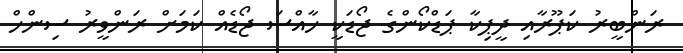
ރަންބީރު ކަޕޫރާއި ދީޕިކާ ޕަޑްކޯންގެ ޖޯޑަކީ ހާއްސަ ޖޯޑެއް ކަމަށް ރަންވީރު ސިންހް